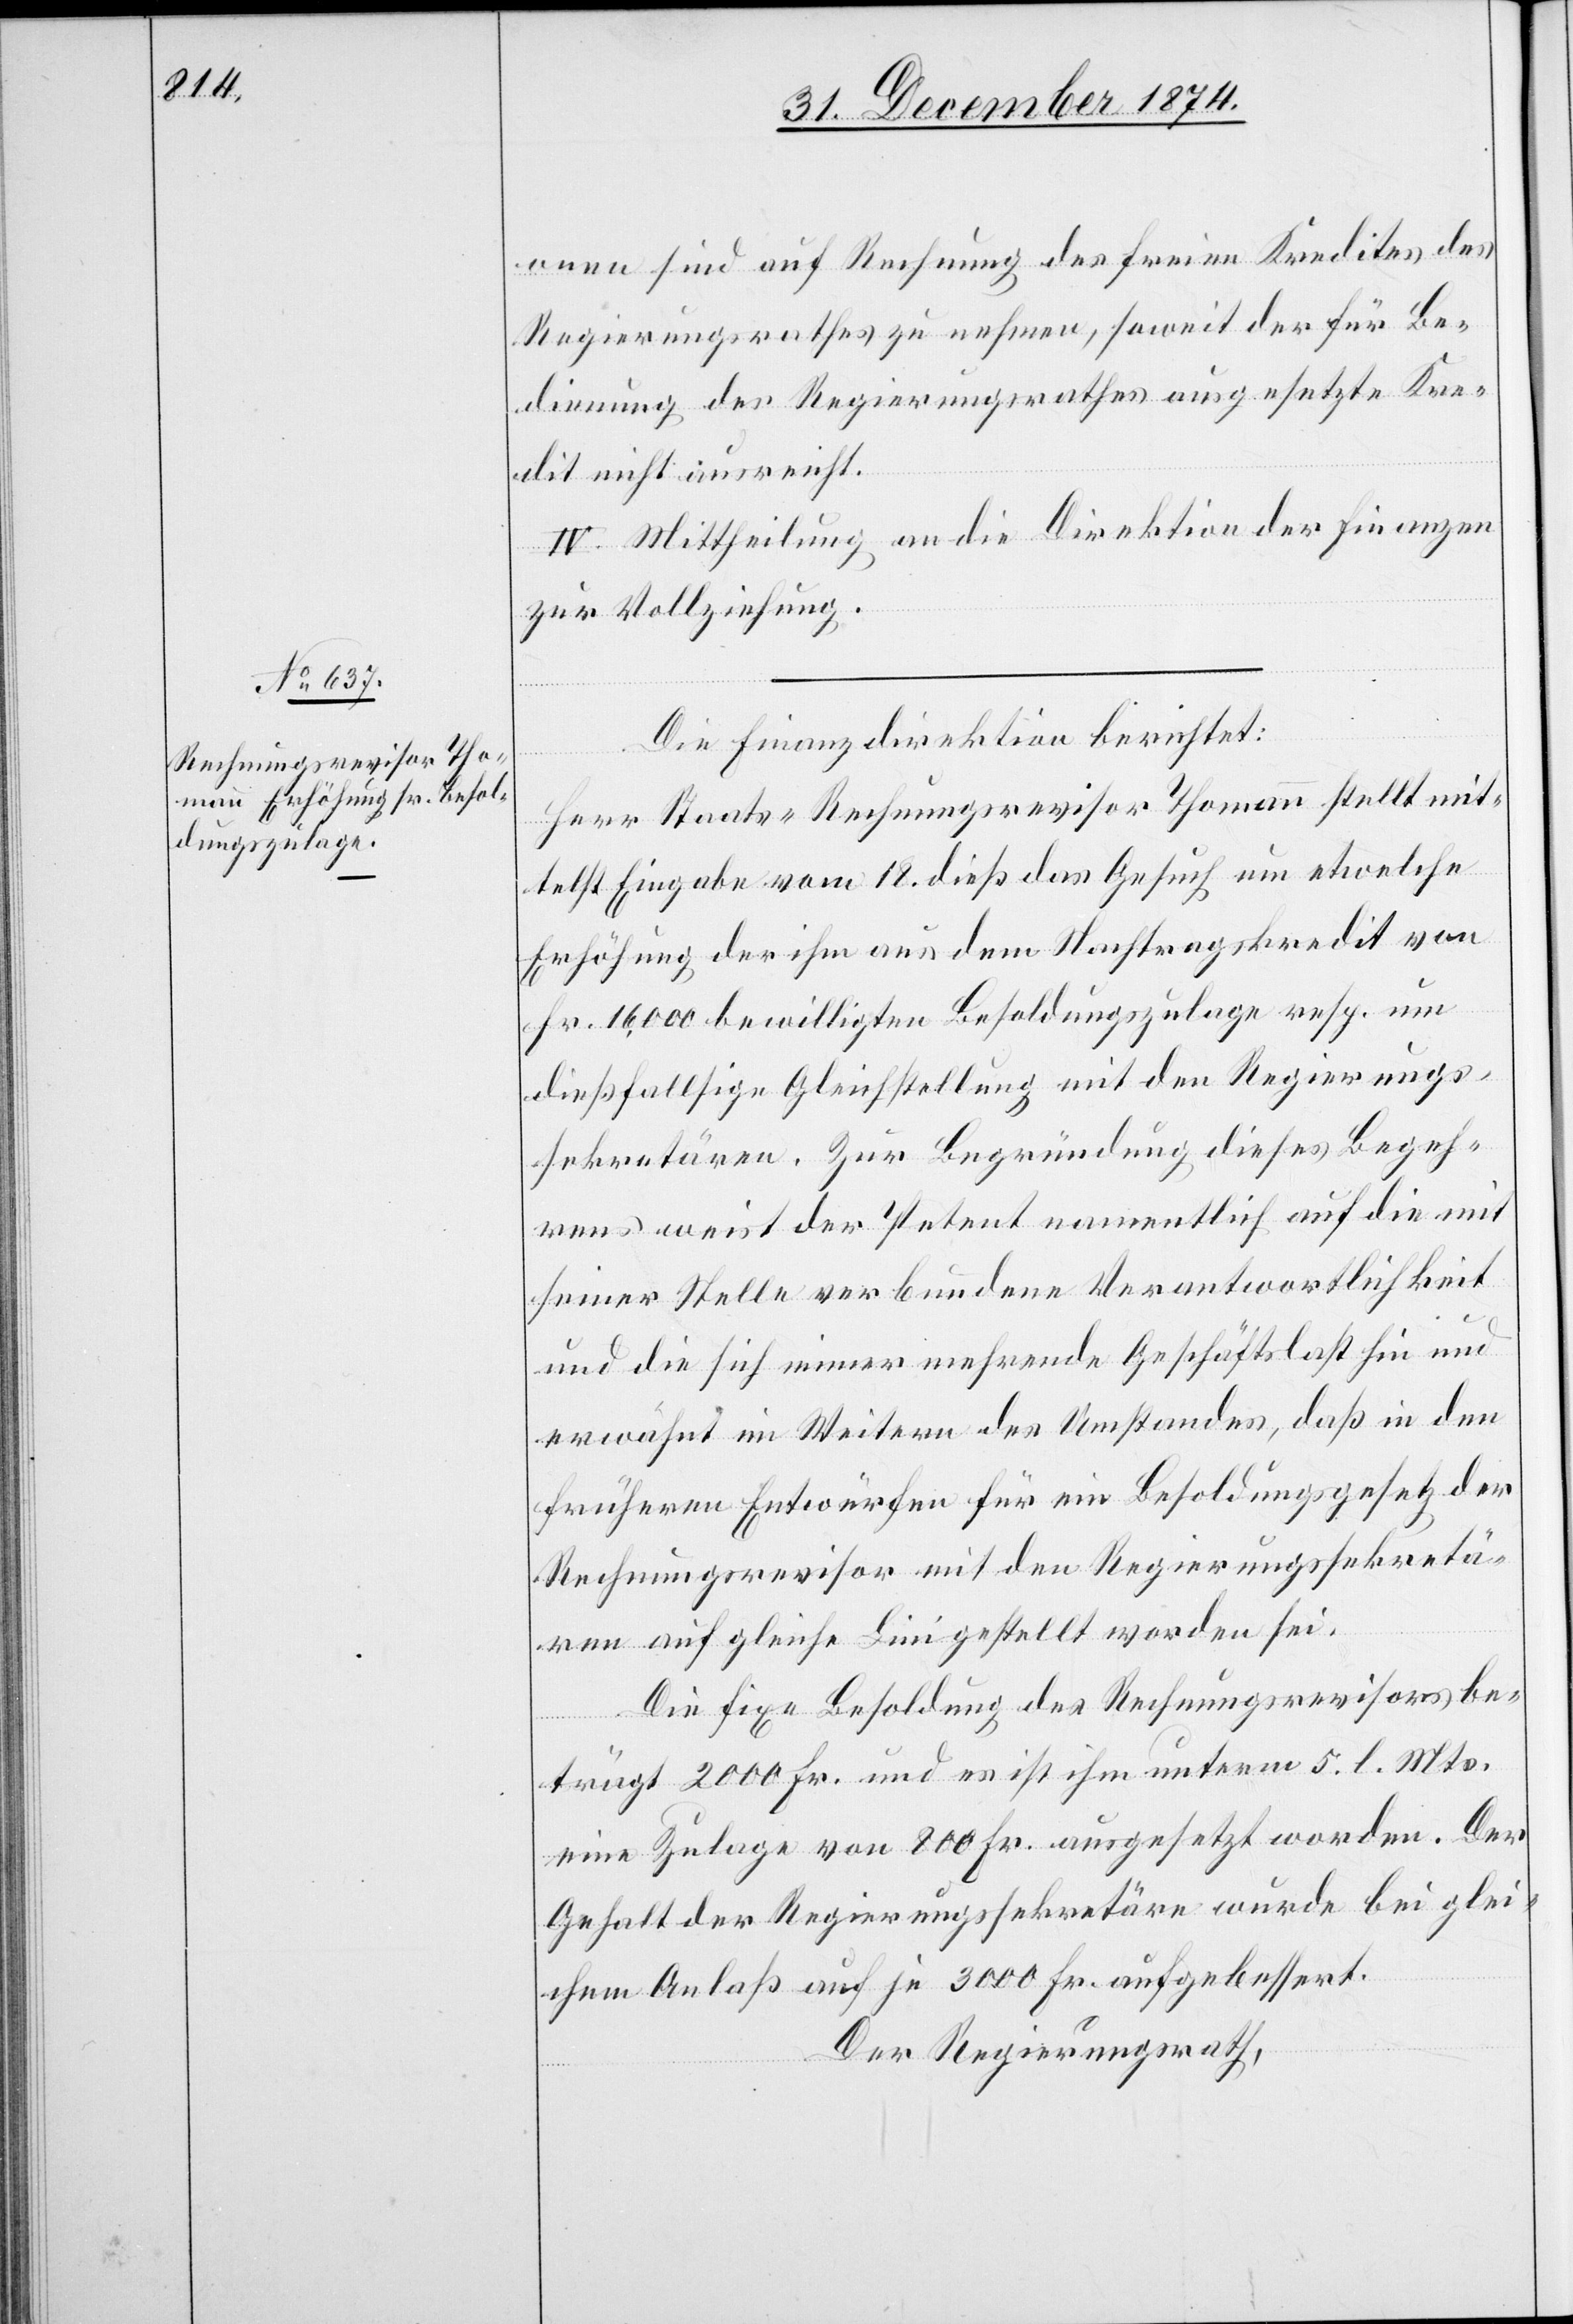
onen sind auf Rechnung des freien Kredites des
Regierungsrathes zu nehmen, soweit der für Be¬
dienung des Regierungsrathes ausgesetzte Kre¬
dit nicht ausreicht.
IV. Mittheilung an die Direktion der Finanzen
zur Vollziehung.
Die Finanzdirektion berichtet:
Herr Staats-Rechnungsrevisor Thomann stellt mit¬
telst Eingabe vom 18. dieß das Gesuch um etwelche
Erhöhung der ihm aus dem Nachtragskredit von
Fr. 16,000 bewilligten Besoldungszulage resp. um
dießfallsige Gleichstellung mit den Regierungs¬
sekretären. Zur Begründung dieses Begeh¬
rens weist der Petent namentlich auf die mit
seiner Stelle verbundene Verantwortlichkeit
und die sich immer mehrende Geschäftslast hin und
erwähnt im Weitern des Umstandes [sic!], daß in den
früheren Entwürfen für ein Besoldungsgesetz der
Rechnungsrevisor mit den Regierungssekretä¬
ren auf gleiche Linie gestellt worden sei.
Die fixe Besoldung des Rechnungsrevisors be¬
trägt 2000 Fr. und es ist ihm unterm 5. l. Mts.
eine Zulage von 800 Fr. ausgesetzt worden. Der
Gehalt der Regierungssekretäre wurde bei glei¬
chem Anlaß auf je 300 Fr. aufgebessert.
Der Regierungsrath,